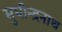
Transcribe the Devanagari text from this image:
सुधीन्द्रनाथ